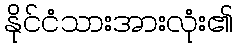
နိုင်ငံသားအားလုံး၏